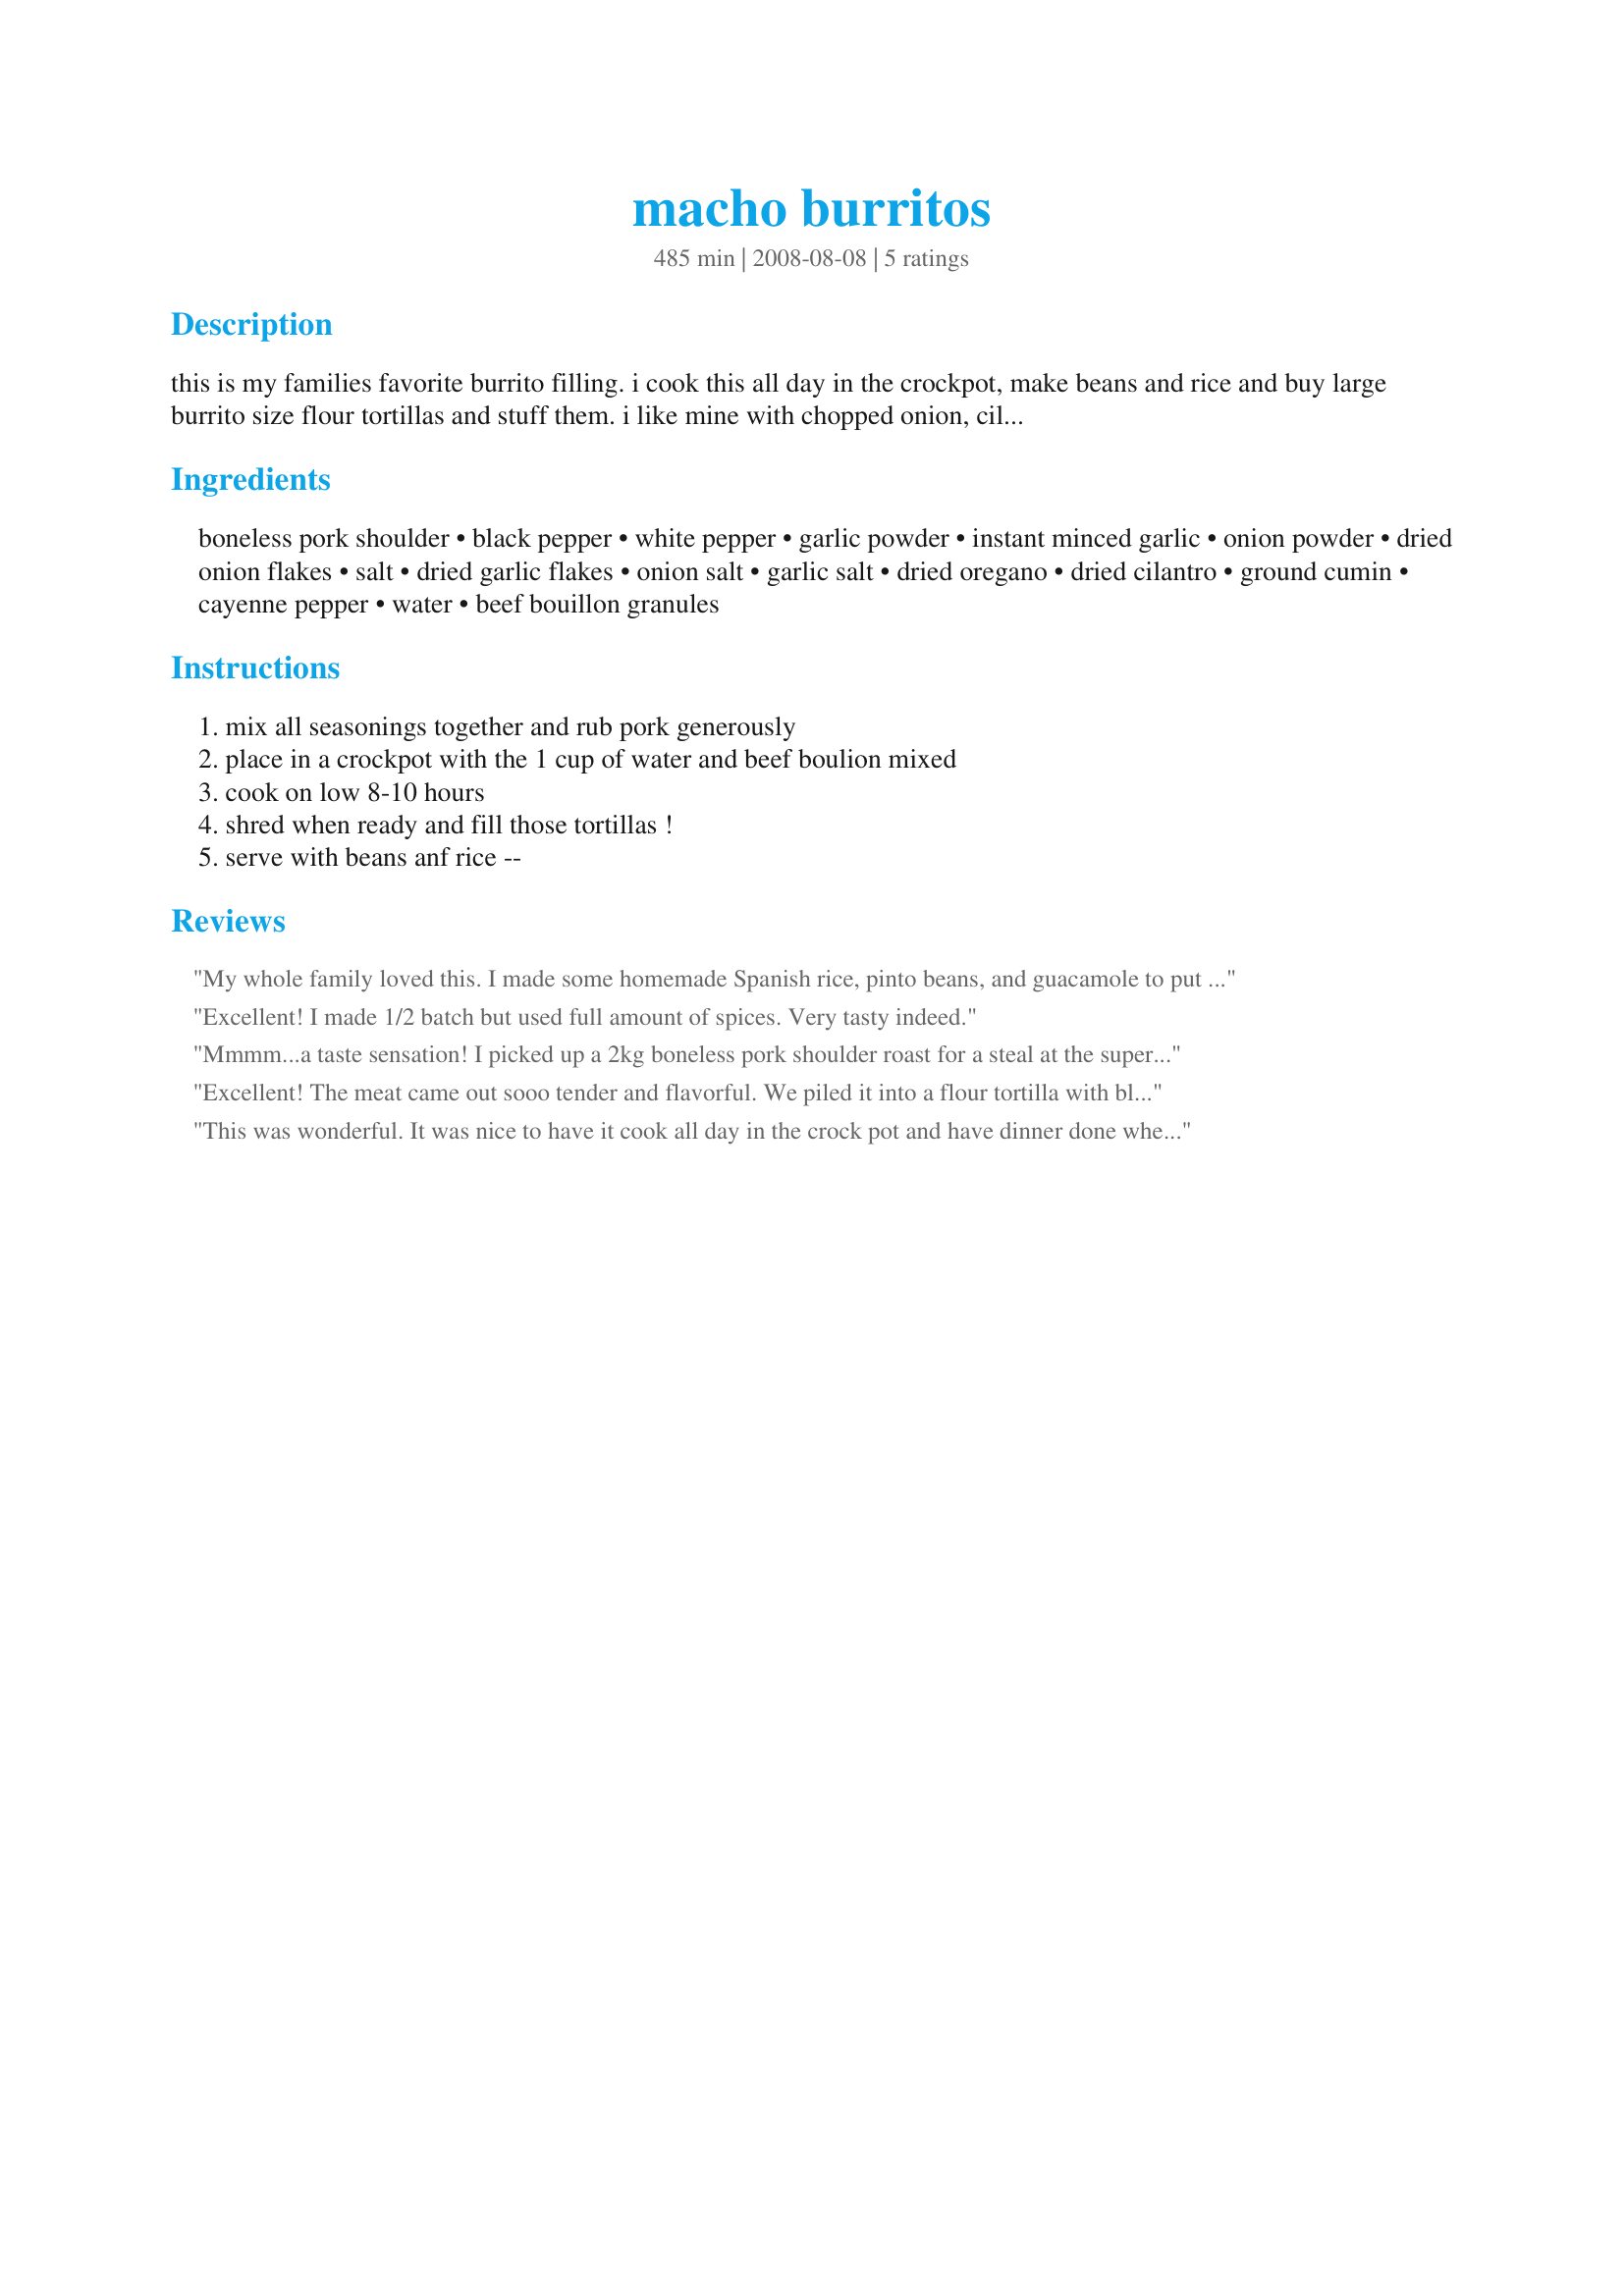
macho burritos
Preparation time: 485 minutes

this is my families favorite burrito filling. i cook this all day in the crockpot, make beans and rice and buy large burrito size flour tortillas and stuff them. i like mine with chopped onion, cilantro sour cream and avocado.

Ingredients:
boneless pork shoulder, black pepper, white pepper, garlic powder, instant minced garlic, onion powder, dried onion flakes, salt, dried garlic flakes, onion salt, garlic salt, dried oregano, dried cilantro, ground cumin, cayenne pepper, water, beef bouillon granules

Steps:
mix all seasonings together and rub pork generously, place in a crockpot with the 1 cup of water and beef boulion mixed, cook on low 8-10 hours, shred when ready and fill those tortillas !, serve with beans anf rice --

Reviews:
My whole family loved this. I made some homemade Spanish rice, pinto beans, and guacamole to put in the burritos. So good I can't wait to make them again. Thanks for an awesome recipe!
Excellent! I made 1/2 batch but used full amount of spices. Very tasty indeed.
Mmmm...a taste sensation! I picked up a 2kg boneless pork shoulder roast for a steal at the supermarket earlier in the week, with intensions of making something completely different but I'm so glad I changed my mind and went for this recipe!!
I popped it in my crockpot before I went to bed and awoke to the most marvelous aroma. The meat was fall apart tender and juicy to boot! I couldn't help but get stuck right into it...I cant wait for dinner time to roll on....OMG yum!
Excellent! The meat came out sooo tender and flavorful. We piled it into a flour tortilla with black beans and rice. Oh and I made some cilantro sour cream like you suggested...fabulous!
This was wonderful. It was nice to have it cook all day in the crock pot and have dinner done when I got home from work. It was very juicy and tender. I've made shredded pork burritos before, but they never turned out this good. The spices are the perfect blend. Thanks for the great recipe.
